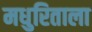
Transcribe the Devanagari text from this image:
मधुरिताला